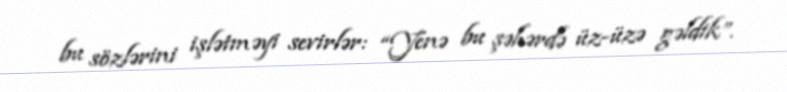
bu sözlərini işlətməyi sevirlər: “Yenə bu şəhərdə üz-üzə gəldik”.